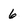
Character: 6